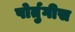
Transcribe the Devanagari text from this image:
पोर्तुगीस